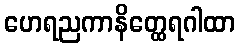
ဟေရညကာနိတ္ထေရဂါထာ